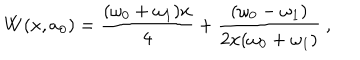
W ( x , a _ { 0 } ) = \frac { ( \omega _ { 0 } + \omega _ { 1 } ) x } { 4 } + \frac { ( \omega _ { 0 } - \omega _ { 1 } ) } { 2 x ( \omega _ { 0 } + \omega _ { 1 } ) } ~ ,